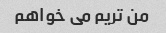
من تریم می خواهم